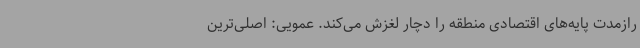
رازمدت پایه‌های اقتصادی منطقه را دچار لغزش می‌کند. عمویی: اصلی‌ترین